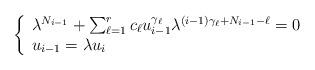
LaTeX: \begin{align*}\left\{\begin{array}{l}\lambda^{N_{i-1}}+\sum_{\ell=1}^{r} c_\ell u_{i-1}^{\gamma_\ell}\lambda^{(i-1)\gamma_\ell+N_{i-1}-\ell}=0 \\u_{i-1}=\lambda u_{i}\end{array}\right.\end{align*}